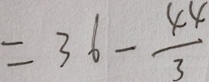
= 3 6 - \frac { 4 4 } { 3 }